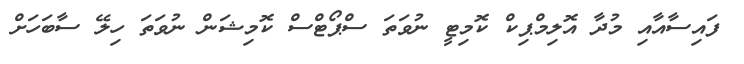
ފައިސާއާއި މުދާ އޮލިމްޕިކް ކޮމިޓީ ނުވަތަ ސްޕޯޓްސް ކޮމިޝަން ނުވަތަ ހިލޭ ސާބަހަށް